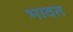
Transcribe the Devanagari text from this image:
भावत